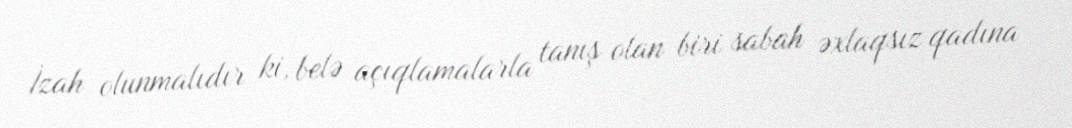
İzah olunmalıdır ki, belə açıqlamalarla tanış olan biri sabah əxlaqsız qadına